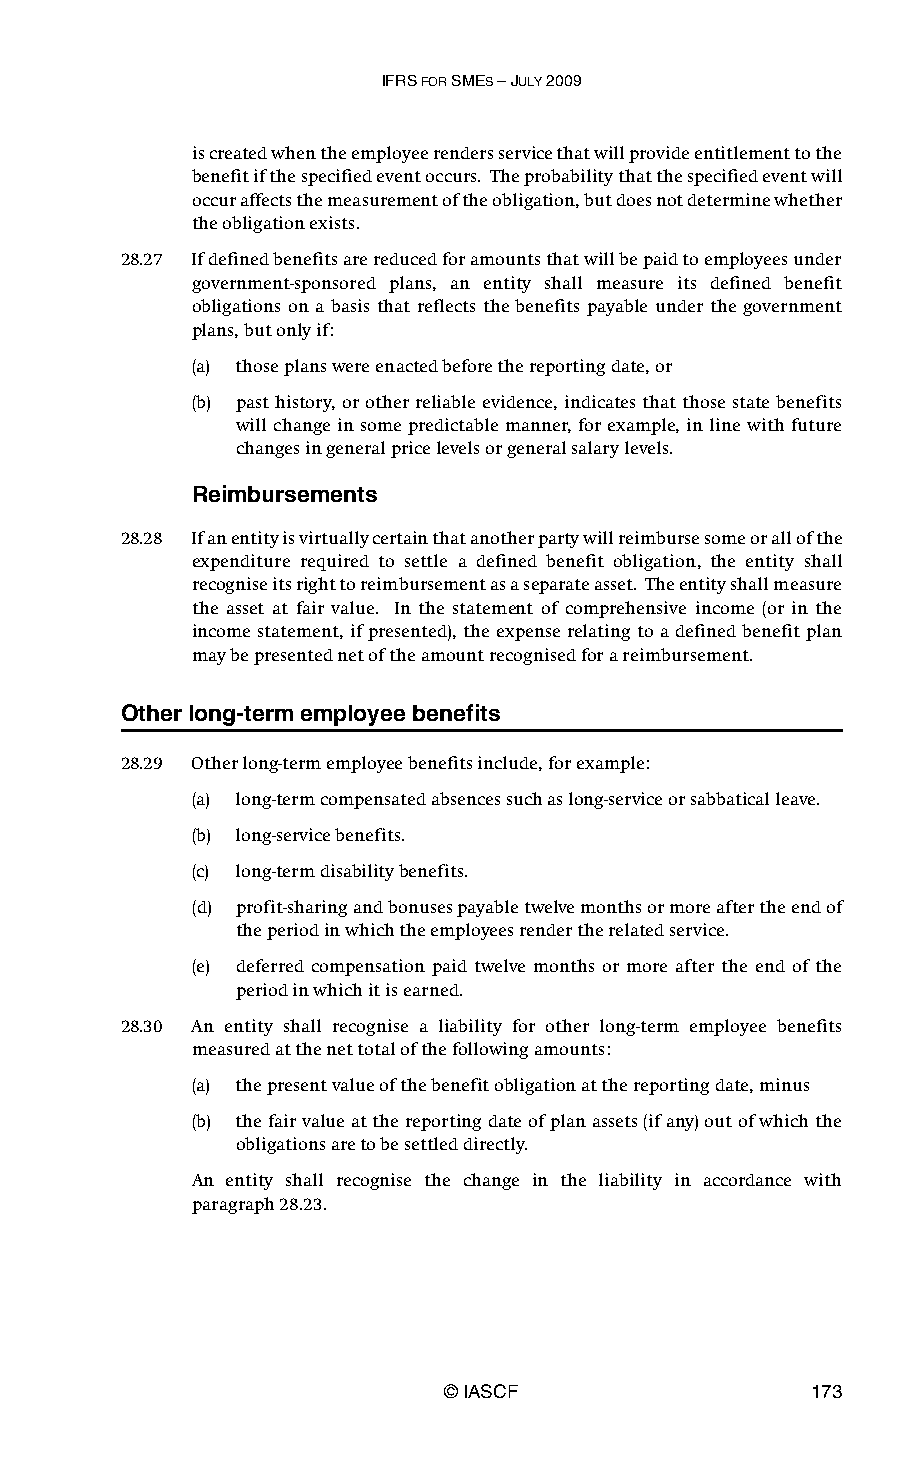
IFRS FOR SMES – JULY 2009
 is created when the employee renders service that will provide entitlement to the
 benefit if the specified event occurs. The probability that the specified event will
 occur affects the measurement of the obligation, but does not determine whether
 the obligation exists.
 28.27 If defined benefits are reduced for amounts that will be paid to employees under
 government-sponsored plans, an entity shall measure its defined benefit
 obligations on a basis that reflects the benefits payable under the government
 plans, but only if:
 (a) those plans were enacted before the reporting date, or
 (b) past history, or other reliable evidence, indicates that those state benefits
 will change in some predictable manner, for example, in line with future
 changes in general price levels or general salary levels.
 Reimbursements
 28.28 If an entity is virtually certain that another party will reimburse some or all of the
 expenditure required to settle a defined benefit obligation, the entity shall
 recognise its right to reimbursement as a separate asset. The entity shall measure
 the asset at fair value. In the statement of comprehensive income (or in the
 income statement, if presented), the expense relating to a defined benefit plan
 may be presented net of the amount recognised for a reimbursement.
 Other long-term employee benefits
 28.29 Other long-term employee benefits include, for example:
 (a) long-term compensated absences such as long-service or sabbatical leave.
 (b) long-service benefits.
 (c) long-term disability benefits.
 (d) profit-sharing and bonuses payable twelve months or more after the end of
 the period in which the employees render the related service.
 (e) deferred compensation paid twelve months or more after the end of the
 period in which it is earned.
 28.30 An entity shall recognise a liability for other long-term employee benefits
 measured at the net total of the following amounts:
 (a) the present value of the benefit obligation at the reporting date, minus
 (b) the fair value at the reporting date of plan assets (if any) out of which the
 obligations are to be settled directly.
 An entity shall recognise the change in the liability in accordance with
 paragraph28.23.
 © IASCF                 173